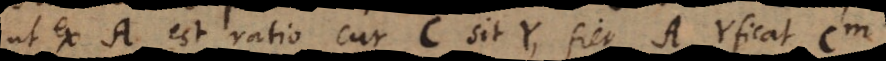
ut ex A est ratio cur C sit Y, fiet A Yficat